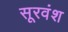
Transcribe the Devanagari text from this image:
सूरवंश